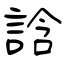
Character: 誝